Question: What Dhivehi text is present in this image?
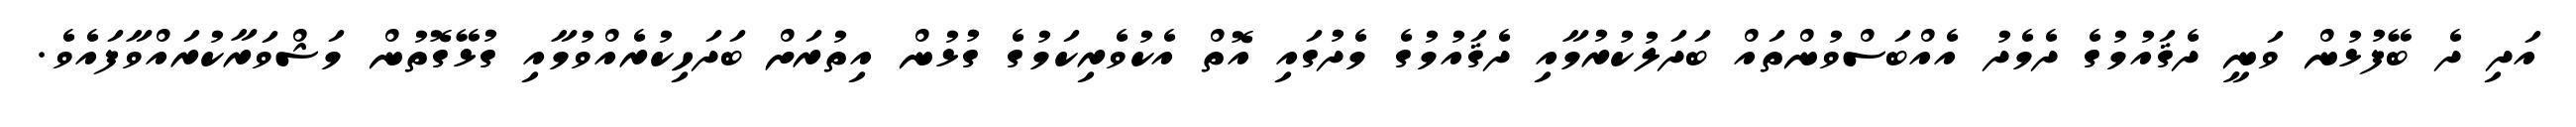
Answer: އަދި ދެ ބޭފުޅުން ވަނީ ދެޤައުމުގެ ދެމެދު އެއްބަސްވުންތައް ބަދަލުކުރުމާއި ދެޤައުމުގެ މެދުގައި އޮތް އެކުވެރިކަމުގެ ގުޅުން އިތުރަށް ބަދަހިކުރެއްވުމާއި ގުޅޭގޮތުން މަޝްވަރާކުރައްވާފައެވެ.